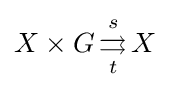
X\times G\,{\overset {s}{\underset {t}{\rightrightarrows }}}\,X